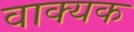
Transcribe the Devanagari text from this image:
वाक्यक